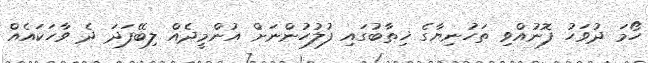
ހޯމަ ދުވަހު ފޮނުއްވި ތަހުނިޔާގެ ޚިޠާބުގައި ފުލުހުންނަށް އުންމީދެއް ލިބޭފަދަ ދެ ވާހަކައެއް